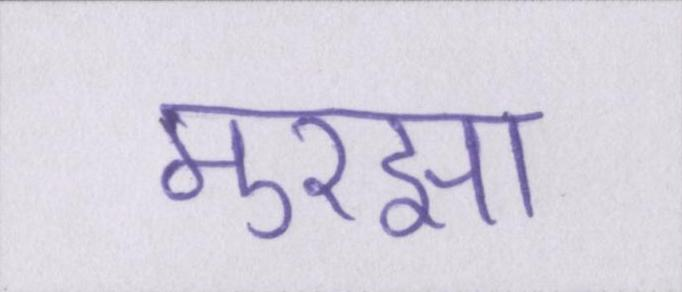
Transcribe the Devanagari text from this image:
मुरझा